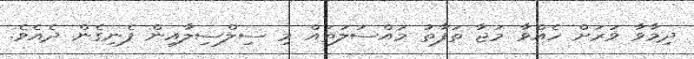
ދިމާވާ ވަރަށް ހެއްވާ މަޖާ ތަފާތު މައްސަލަތައް މި ސިލްސިލާއިން ފެނިގެން ދެއެވެ.